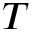
T